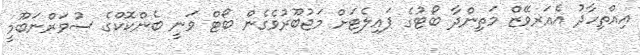
އިއްތިހާދު އެއަރވޭޒް މަތިންދާ ބޯޓުގެ ޕައިލެޓަށް މަޖުބޫރުވެގެން ބޯޓް ވަނީ ބެންކޮކްގެ ސުވަރްނަބޫމީ